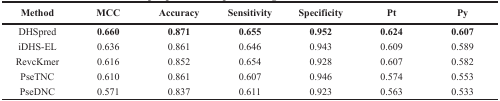
<table><thead><tr><td><b>Method</b></td><td><b>MCC</b></td><td><b>Accuracy</b></td><td><b>Sensitivity</b></td><td><b>Specificity</b></td><td><b>Pt</b></td><td><b>Py</b></td></tr></thead><tbody><tr><td>DHSpred</td><td><b>0.660</b></td><td><b>0.871</b></td><td><b>0.655</b></td><td><b>0.952</b></td><td><b>0.624</b></td><td><b>0.607</b></td></tr><tr><td>iDHS-EL</td><td>0.636</td><td>0.861</td><td>0.646</td><td>0.943</td><td>0.609</td><td>0.589</td></tr><tr><td>RevcKmer</td><td>0.616</td><td>0.852</td><td>0.654</td><td>0.928</td><td>0.607</td><td>0.582</td></tr><tr><td>PseTNC</td><td>0.610</td><td>0.861</td><td>0.607</td><td>0.946</td><td>0.574</td><td>0.553</td></tr><tr><td>PseDNC</td><td>0.571</td><td>0.837</td><td>0.611</td><td>0.923</td><td>0.563</td><td>0.533</td></tr></tbody></table>